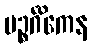
ပဉ္စင်္ဂိကေန